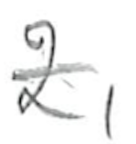
Text: 2,
Cross-out: single-line
Writing tool: pencil